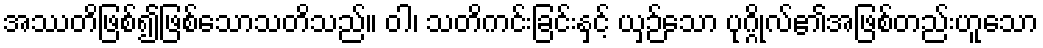
အဿတိဖြစ်၍ဖြစ်သောသတိသည်။ ဝါ၊ သတိကင်းခြင်းနှင့် ယှဉ်သော ပုဂ္ဂိုလ်၏အဖြစ်တည်းဟူသော